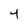
Character: 4